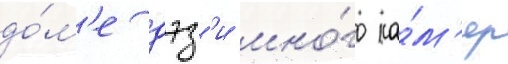
до́м'е дэз'и мно́го ка́м'ер